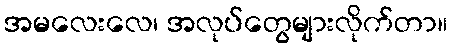
အမလေးလေ၊ အလုပ်တွေများလိုက်တာ။